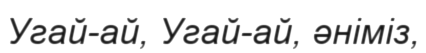
Угай-ай, Угай-ай, әніміз,